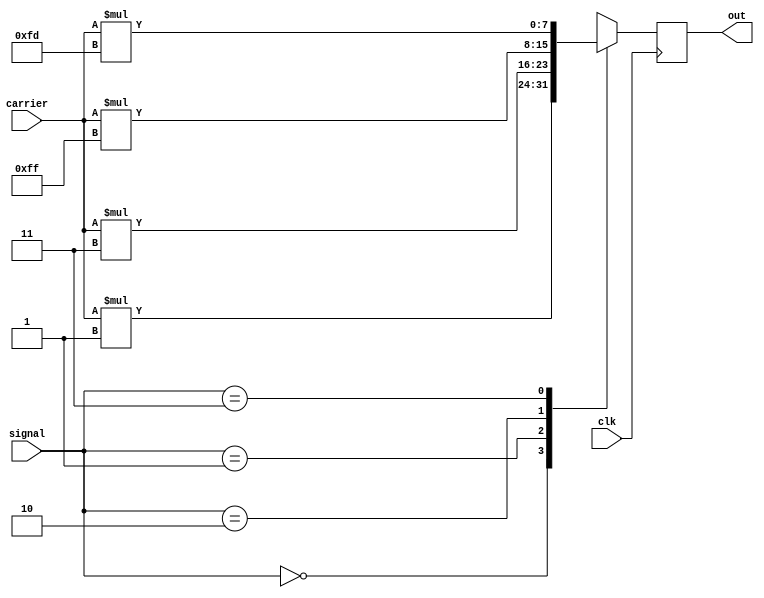
/*
* 
*/
module mod_mul(clk,signal,carrier,out);
input clk;
input [1:0] signal;
input signed [7:0] carrier;
output reg signed [7:0] out;

always @(posedge clk) begin
	case(signal)
		2'b00: out<= carrier*3'd1;
		2'b01: out<= carrier*3'd3;
		2'b10: out<= carrier*-3'd1;
		2'b11: out<= carrier*-3'd3;
		default: ;
	endcase
end


endmodule